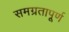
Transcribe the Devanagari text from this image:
समग्रतापूर्ण